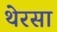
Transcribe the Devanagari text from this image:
थेरसा